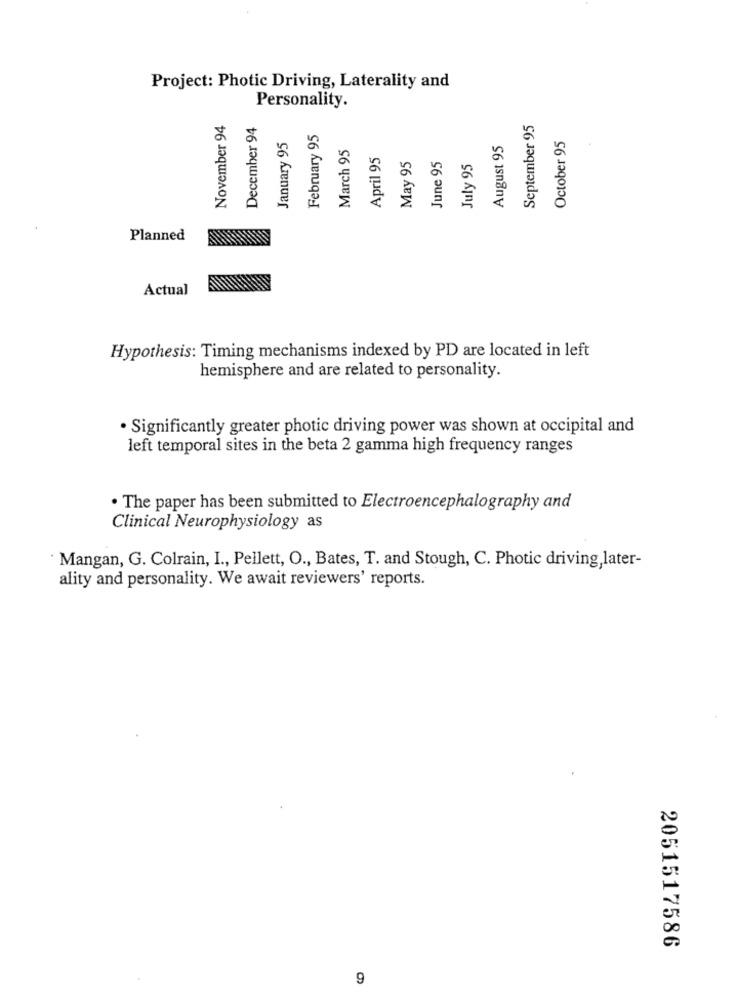
Project: Photic Driving, Laterality and
Personality.
November 94
December 94
September 95
February 95
January 95
August 95
October 95
March 95
April 95
May 95
June 95
July 95
Planned
Actual
Hypothesis: Timing mechanisms indexed by PD are located in left
hemisphere and are related to personality.
· Significantly greater photic driving power was shown at occipital and
left temporal sites in the beta 2 gamma high frequency ranges
· The paper has been submitted to Electroencephalography and
Clinical Neurophysiology as
Mangan, G. Colrain, I ., Pellett, O ., Bates, T. and Stough, C. Photic driving,later-
ality and personality. We await reviewers' reports.
2051517586
9